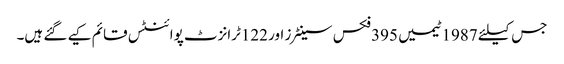
جس کیلئے 1987ٹیمیں 395فکس سینٹرز اور 122ٹرانزٹ پوائنٹس قائم کیے گئے ہیں۔